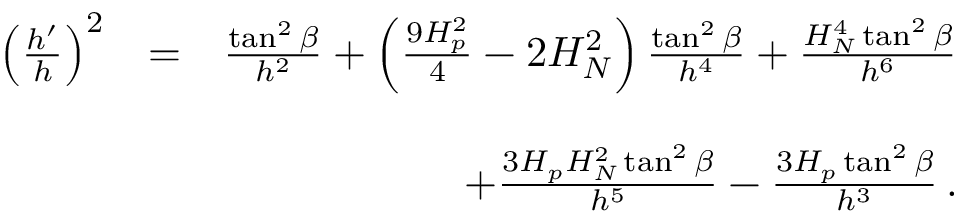
\begin{array} { r l r } { \left( \frac { h ^ { \prime } } { h } \right) ^ { 2 } } & { = } & { \frac { \tan ^ { 2 } \beta } { h ^ { 2 } } + \left( \frac { 9 H _ { p } ^ { 2 } } { 4 } - 2 H _ { N } ^ { 2 } \right) \frac { \tan ^ { 2 } \beta } { h ^ { 4 } } + \frac { H _ { N } ^ { 4 } \tan ^ { 2 } \beta } { h ^ { 6 } } } \\ & { } & \\ & { \, } & { + \frac { 3 H _ { p } H _ { N } ^ { 2 } \tan ^ { 2 } \beta } { h ^ { 5 } } - \frac { 3 H _ { p } \tan ^ { 2 } \beta } { h ^ { 3 } } \, . } \end{array}